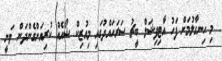
މި ހިނގާލުމަށް ފަހު އާޓިފިޝަލް ބީޗު ސަރަހައްދުގައި މިއުޒިކް ޝޯއެއް ކުރިއަށްގެންދަން ވަނީ